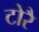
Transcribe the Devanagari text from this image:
टोरै